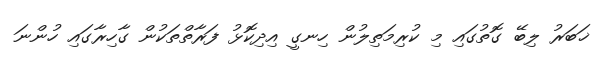
ޚަބަރު ލިބޭ ގޮތުގައި މި ކުރިމަތިލުން ހިނގީ އިދިކޮޅު ފަރާތްތަކުން ގާހިރާގައި ހުންނަ